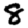
Digit: 8